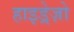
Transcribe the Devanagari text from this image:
हाइड्रेज़ो